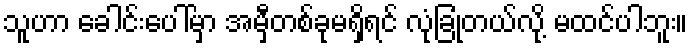
သူဟာ ခေါင်းပေါ်မှာ အမှီတစ်ခုမရှိရင် လုံခြုံတယ်လို့ မထင်ပါဘူး။